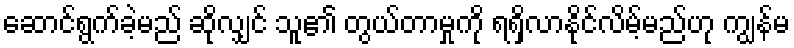
ဆောင်ရွက်ခဲ့မည် ဆိုလျှင် သူ၏ တွယ်တာမှုကို ရရှိလာနိုင်လိမ့်မည်ဟု ကျွန်မ